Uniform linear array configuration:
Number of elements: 12
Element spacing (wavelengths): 1
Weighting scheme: exponential
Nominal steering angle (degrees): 15
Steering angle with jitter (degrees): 14.818
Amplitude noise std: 0.05
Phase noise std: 0.05

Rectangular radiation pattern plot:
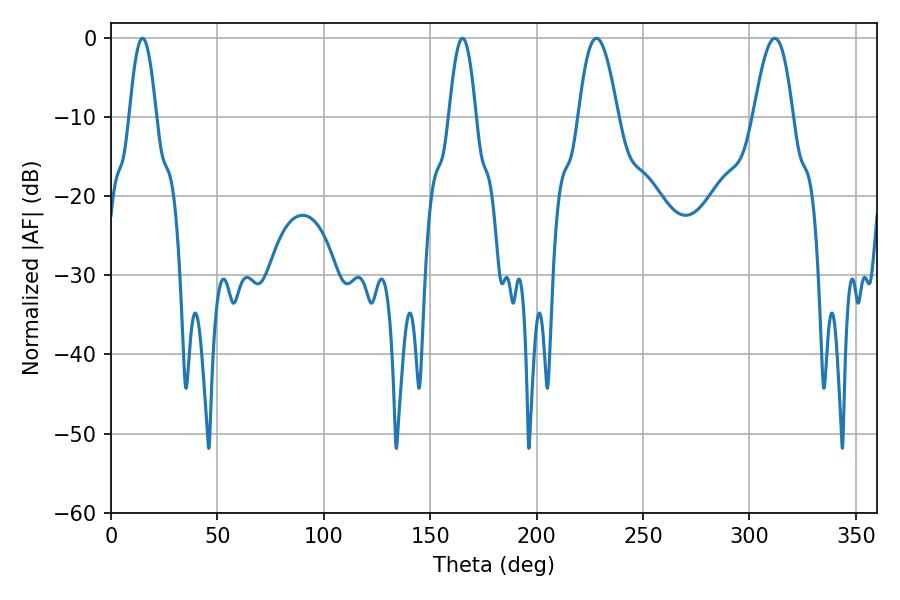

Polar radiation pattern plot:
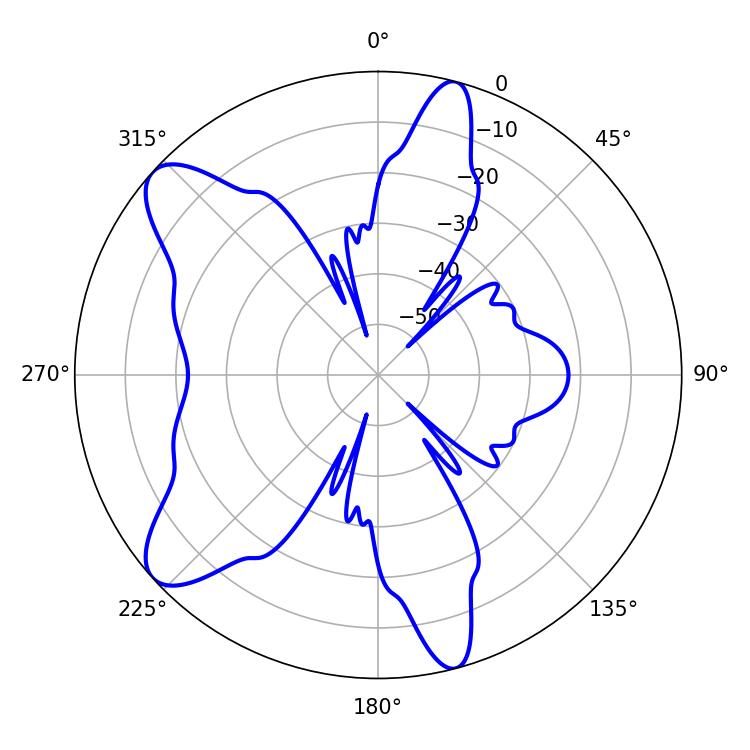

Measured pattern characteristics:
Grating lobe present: TRUE
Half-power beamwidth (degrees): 9.9
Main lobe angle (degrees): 228.06